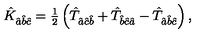
\hat { K } _ { \hat { a } \hat { b } \hat { c } } = { \textstyle \frac { 1 } { 2 } } \left( \hat { T } _ { \hat { a } \hat { c } \hat { b } } + \hat { T } _ { \hat { b } \hat { c } \hat { a } } - \hat { T } _ { \hat { a } \hat { b } \hat { c } } \right) ,